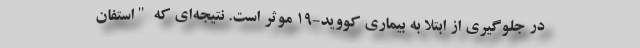
در جلوگیری از ابتلا به بیماری کووید-۱۹ موثر است. نتیجه‌ای که "استفان